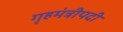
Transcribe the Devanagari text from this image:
गृहमंत्रीपदी